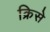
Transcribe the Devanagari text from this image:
क्रिसे